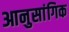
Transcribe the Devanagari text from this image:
आनुसांगिक